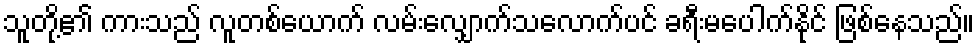
သူတို့၏ ကားသည် လူတစ်ယောက် လမ်းလျှောက်သလောက်ပင် ခရီးမပေါက်နိုင် ဖြစ်နေသည်။